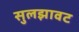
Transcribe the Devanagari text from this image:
सुलझावट